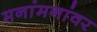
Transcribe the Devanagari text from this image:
मनांमनांवर